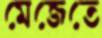
মেজেতে